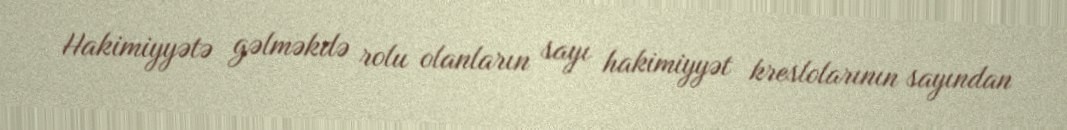
Hakimiyyətə gəlməkdə rolu olanların sayı hakimiyyət kreslolarının sayından